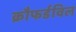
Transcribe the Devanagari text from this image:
क्रौफर्डविल